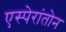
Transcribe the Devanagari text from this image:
एस्पेरांतोन